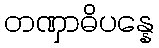
တဏှာဓိပန္နေ